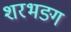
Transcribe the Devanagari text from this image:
शरभङ्ग